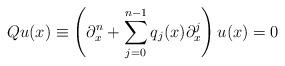
LaTeX: \begin{align*} Qu(x)\equiv \left(\partial^n_x + \sum\limits_{j=0}^{n-1} q_{j}(x) \partial^j_x \right) u(x)=0\end{align*}